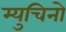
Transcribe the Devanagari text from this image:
म्युचिनो